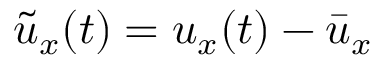
\tilde { u } _ { x } ( t ) = u _ { x } ( t ) - \bar { u } _ { x }